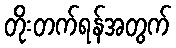
တိုးတက်ရန်အတွက်